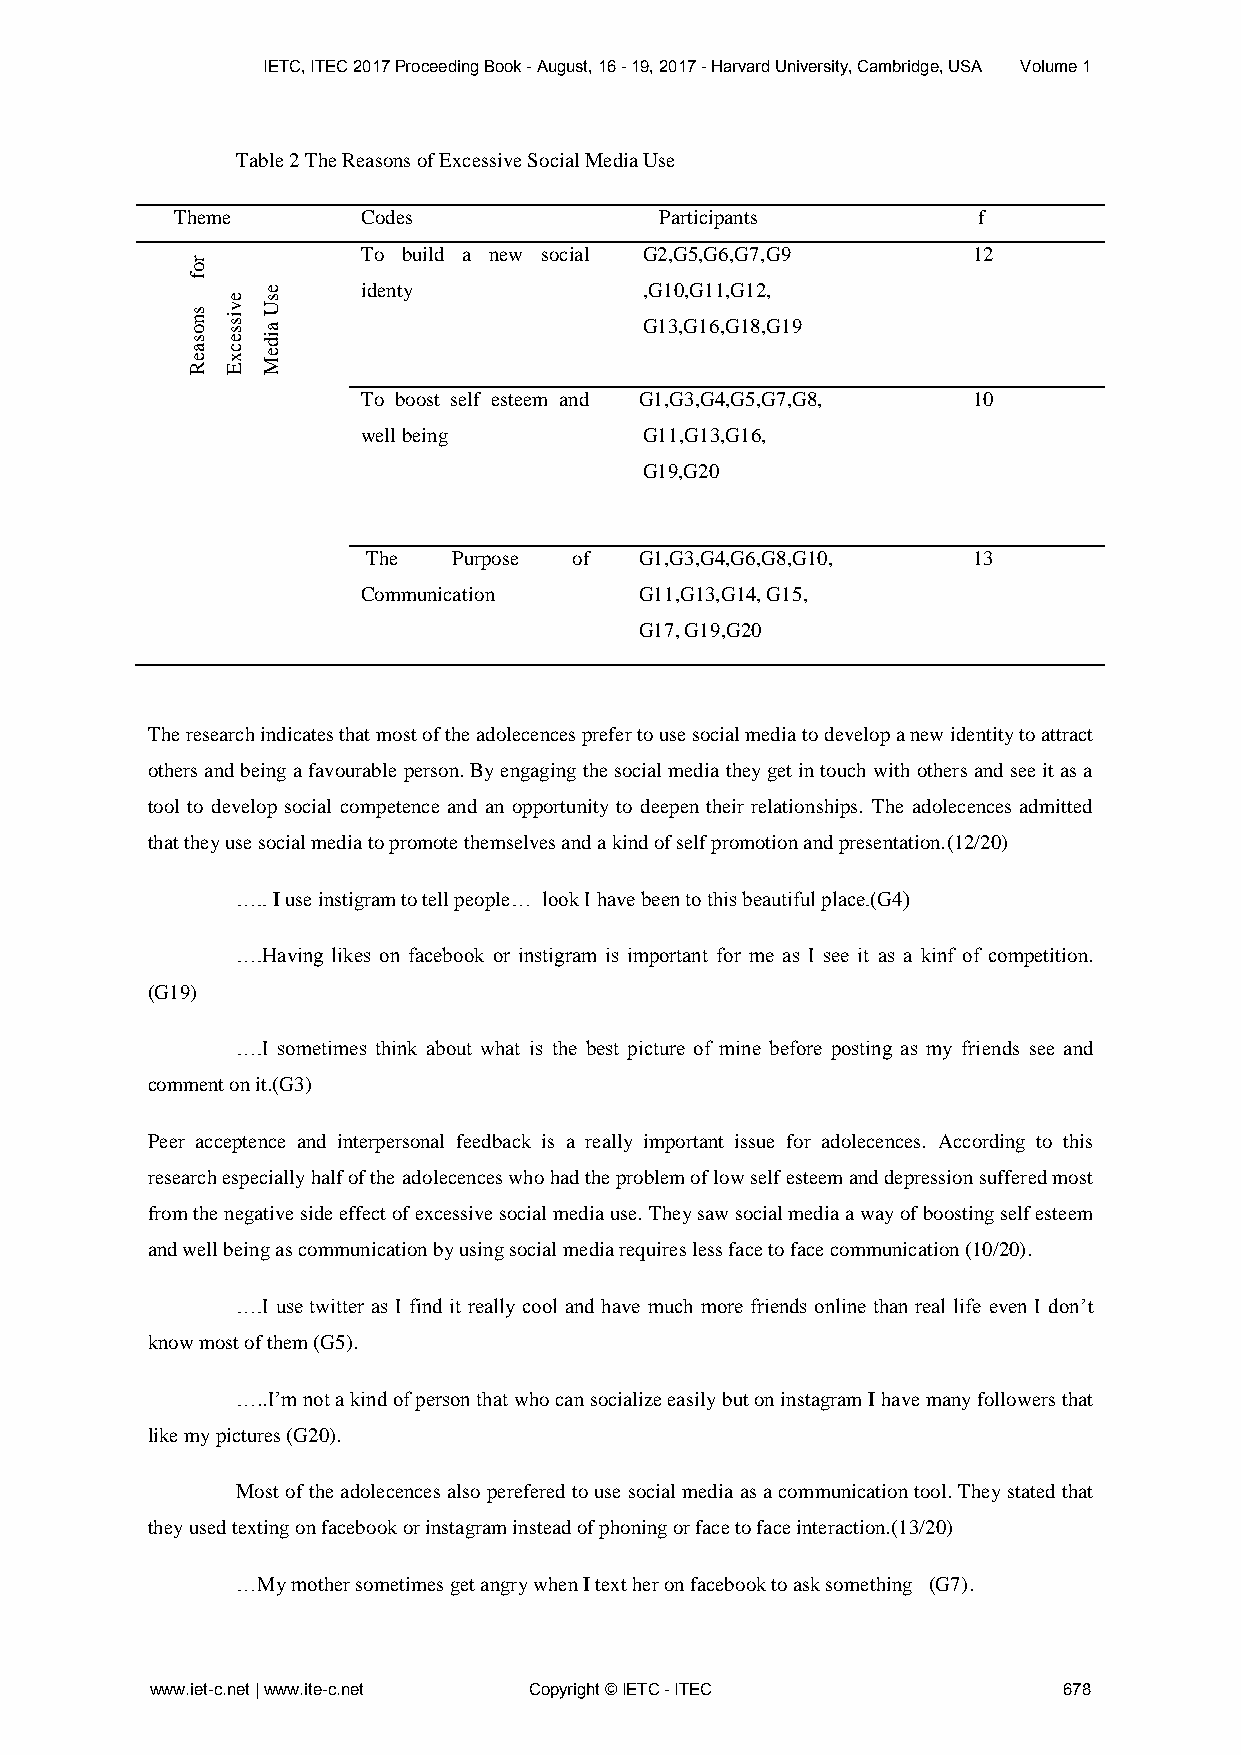
IETC, ITEC 2017 Proceeding Book - August, 16 - 19, 2017 - Harvard University, Cambridge, USA Volume 1
 Table 2 The Reasons of Excessive Social Media Use
 Theme        Codes               Participants         f
 To build a new social G2,G5,G6,G7,G9    12
 identy             ,G10,G11,G12,
 G13,G16,G18,G19
 To boost self esteem and G1,G3,G4,G5,G7,G8, 10
 well being         G11,G13,G16,
 G19,G20
 The   Purpose of  G1,G3,G4,G6,G8,G10,   13
 Communication     G11,G13,G14, G15,
 G17, G19,G20
 The research indicates that most of the adolecences prefer to use social media to develop a new identity to attract
 others and being a favourable person. By engaging the social media they get in touch with others and see it as a
 tool to develop social competence and an opportunity to deepen their relationships. The adolecences admitted
 that they use social media to promote themselves and a kind of self promotion and presentation.(12/20)
 ….. I use instigram to tell people… look I have been to this beautiful place.(G4)
 ….Having likes on facebook or instigram is important for me as I see it as a kinf of competition.
 (G19)
 ….I sometimes think about what is the best picture of mine before posting as my friends see and
 comment on it.(G3)
 Peer acceptence and interpersonal feedback is a really important issue for adolecences. According to this
 research especially half of the adolecences who had the problem of low self esteem and depression suffered most
 from the negative side effect of excessive social media use. They saw social media a way of boosting self esteem
 and well being as communication by using social media requires less face to face communication (10/20).
 ….I use twitter as I find it really cool and have much more friends online than real life even I don’t
 know most of them (G5).
 …..I’m not a kind of person that who can socialize easily but on instagram I have many followers that
 like my pictures (G20).
 Most of the adolecences also perefered to use social media as a communication tool. They stated that
 they used texting on facebook or instagram instead of phoning or face to face interaction.(13/20)
 …My mother sometimes get angry when I text her on facebook to ask something (G7).
 www.iet-c.net | www.ite-c.net Copyright © IETC - ITEC       678
 rof
 snosaeR
 evissecxE
 esU
 aideM